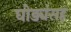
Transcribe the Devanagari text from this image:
घोड्यंसह